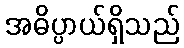
အဓိပ္ပာယ်ရှိသည်